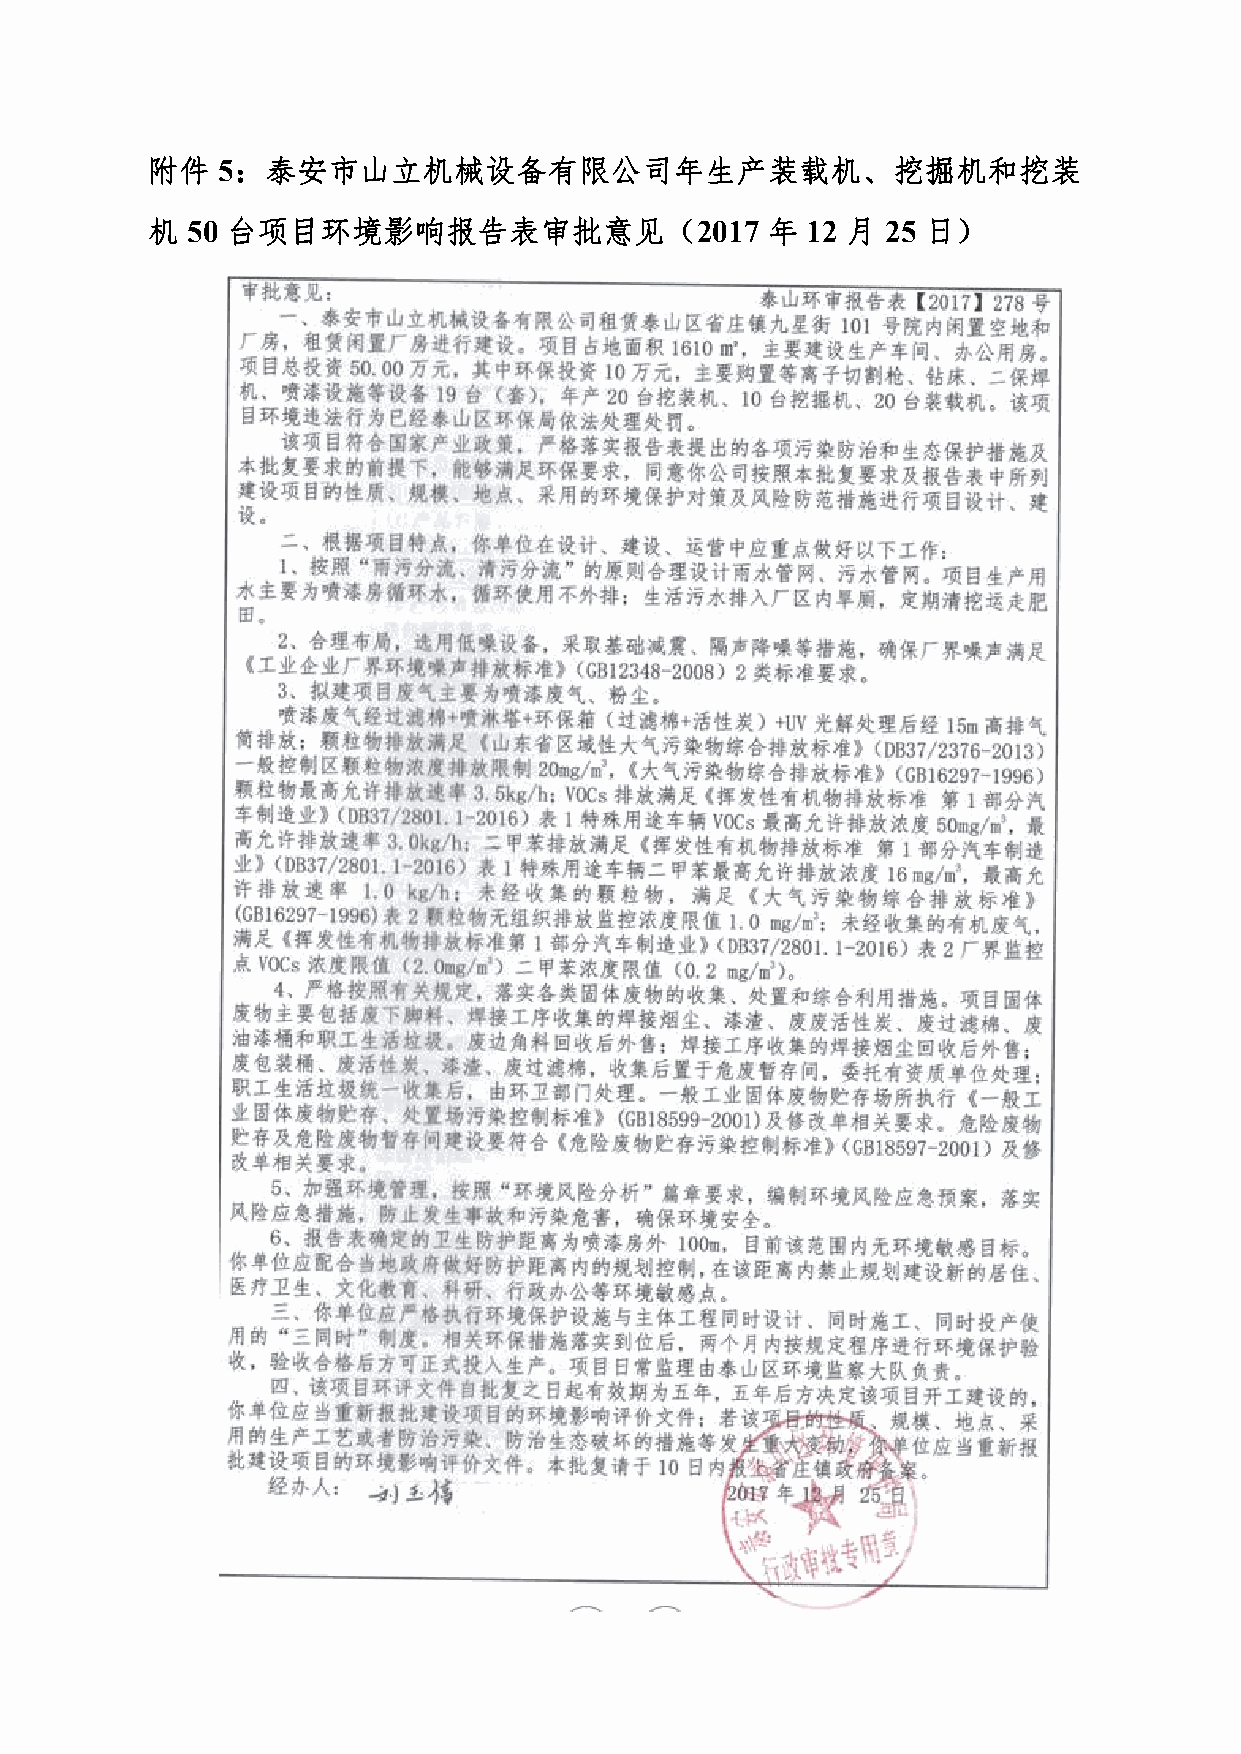
附件  5：泰安市山立机械设备有限公司年生产装载机、挖掘机和挖装
 机 50 台项目环境影响报告表审批意见（2017                 年 12 月  25 日）